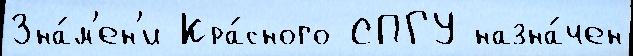
Зна́м'ен'и Кра́сного СПГУ назна́чен